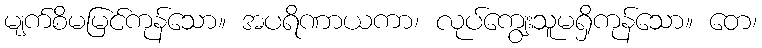
မျက်စိမမြင်ကုန်သော။ အပရိဏာယကာ၊ လုပ်ကျွေးသူမရှိကုန်သော။ တေ၊